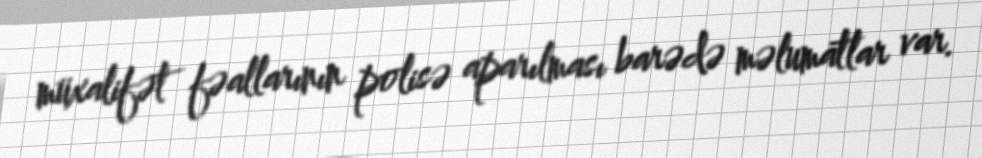
müxalifət fəallarının polisə aparılması barədə məlumatlar var.